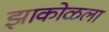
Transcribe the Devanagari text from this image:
झाकोळला